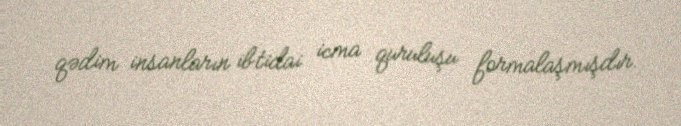
qədim insanların ibtidai icma quruluşu formalaşmışdır.